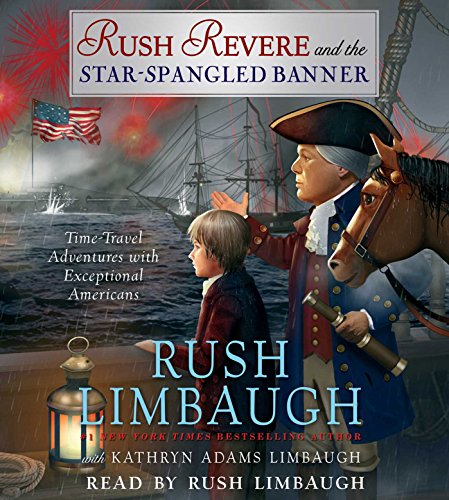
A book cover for Rush Revere and the Star-Spangled Banner; Rush Limbaugh; Teen & Young Adult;